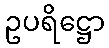
ဥပရိဋ္ဌော